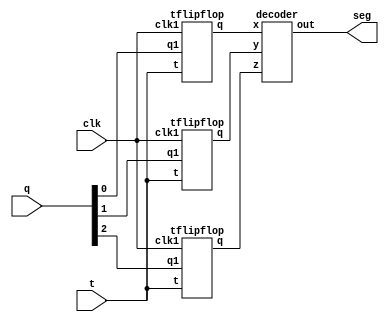
module practise2(t,clk,q,seg);
input t,clk;
input [2:0]q;
output [6:0]seg;
wire x1,x2,x3,x4;

tflipflop t_01(q[0],t,clk,x1);
tflipflop t_02(q[1],t,clk,x2);
tflipflop t_03(q[2],t,clk,x3);

decoder f1(x1,x2,x3,seg);
endmodule

module tflipflop(q1,t,clk1,q);
input t,clk1,q1;
output reg q;

 
always@(posedge clk1)
begin
case(t)
0: q<=q1;
1: q<=~q1;
endcase
end
endmodule

module decoder(x,y,z,out);
input x,y,z;
output reg [6:0]out;
always@(x,y,z)
begin
case({x,y,z})
3'b000: out=7'b0000000;
3'b001: out=7'b0000001;
3'b010: out=7'b0000010;
3'b011: out=7'b0000100;
3'b100: out=7'b0001000;
3'b101: out=7'b0010000;
3'b110: out=7'b0100000;
3'b111: out=7'b1000000;
endcase
end
endmodule